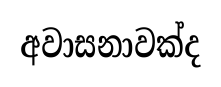
අවාසනාවක්ද